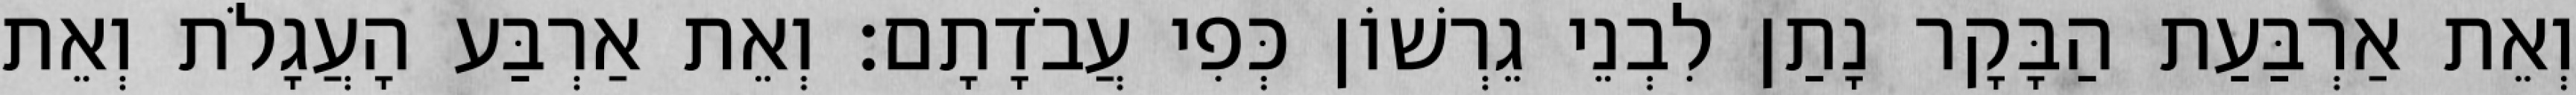
וְאֵת אַרְבַּעַת הַבָּקָר נָתַן לִבְנֵי גֵרְשׁוֹן כְּפִי עֲבֹדָתָם׃ וְאֵת אַרְבַּע הָעֲגָלֹת וְאֵת